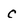
Character: c